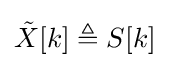
{\tilde {X}}[k]\triangleq S[k]